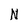
Character: N